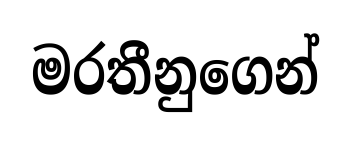
මරතීනුගෙන්